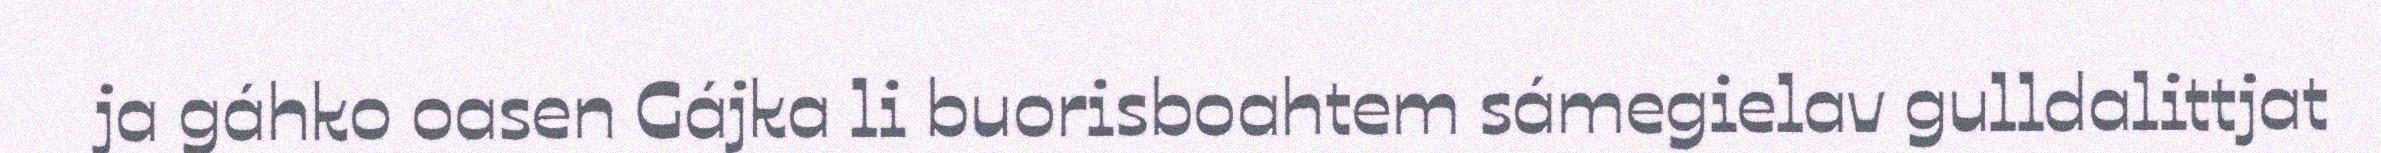
ja gáhko oasen Gájka li buorisboahtem sámegielav gulldalittjat